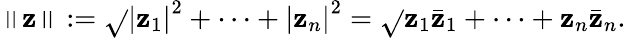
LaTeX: \left\| {\boldsymbol{\mathbf{z}}}\right\| :={\sqrt{}{{\left|\mathbf{z}_{1}\right|^{2}+\cdots+\left|\mathbf{z}_{n}\right|^{2}}}}={\sqrt{}{{\mathbf{z}_{1}{\bar{{\mathbf{z}}}}_{1}+\cdots+\mathbf{z}_{n}{\bar{{\mathbf{z}}}}_{n}}}}.